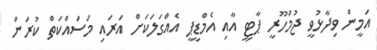
އަމީން ވިދާޅުވީ ޖުމްހޫރީ ޕާޓީ އާއި އެމްޑީޕީ އެއްގަލަކަށް އަރައި މަސައްކަތް ކުރަން